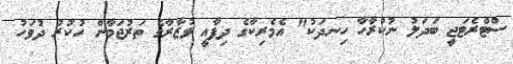
ސްޓްރެޓަޖީ ބަދަލު ނުކުރާހާ ހިނދަކު" އެމެރިކާގެ ދިފާއީ ވުޒާރާގެ ތަރުޖަމާން ހުކުރު ދުވަހު